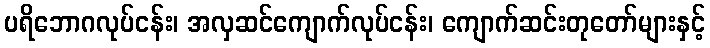
ပရိဘောဂလုပ်ငန်း၊ အလှဆင်ကျောက်လုပ်ငန်း၊ ကျောက်ဆင်းတုတော်များနှင့်